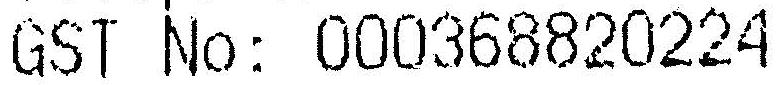
GST NO: 000368820224